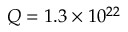
Q = 1 . 3 \times 1 0 ^ { 2 2 }